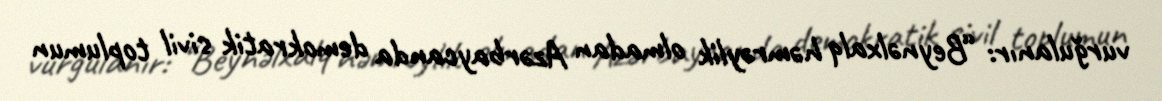
vurğulanır: “Beynəlxalq həmrəylik olmadan Azərbaycanda demokratik sivil toplumun